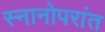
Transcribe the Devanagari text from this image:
स्नानोपरांत